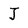
Character: J